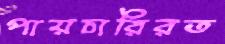
পায়চারিরত